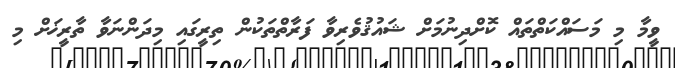
ވީމާ މި މަސައްކަތްތައް ކޮށްދިނުމަށް ޝައުޤުވެރިވާ ފަރާތްތަކުން ތިރީގައި މިދަންނަވާ ތާރީޚަށް މި